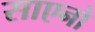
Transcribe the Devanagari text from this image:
साएनो